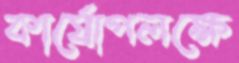
কার্যোপলক্ষে